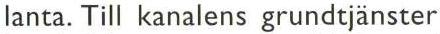
lanta. Till kanalens grundtjänster